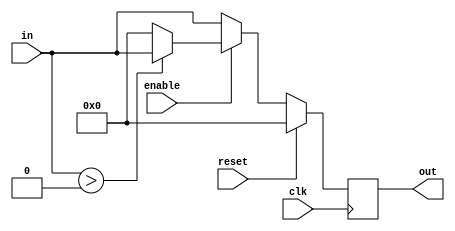
module activation #(
  parameter OP_WIDTH  = 16,
  parameter TYPE        = "ReLU"
) (
  input  wire                                         clk,
  input  wire                                         reset,
  input  wire                                         enable,
  input  signed [ OP_WIDTH           -1 : 0 ]         in,
  output signed [ OP_WIDTH           -1 : 0 ]         out
);

reg [OP_WIDTH-1:0] activation_data;

always @(posedge clk)
begin
  if (reset)
    activation_data <= 0;
  else begin
    if (enable)
      activation_data <= in > 0 ? in : 0;
    else
      activation_data <= in;
  end
end

assign out = activation_data;


endmodule